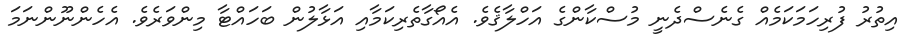
އިތުރު ފުރިހަމަކަމެއް ގެނެސްދެނީ މުސްކާންގެ އަހްލާޤެވެ. އެއޯގާތެރިކަމާއި އަޅާލުން ބަހައްޓާ މިންވަރެވެ. އެހެންނޫންނަމަ